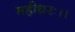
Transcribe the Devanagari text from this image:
महीधरः।।